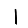
Digit: 1